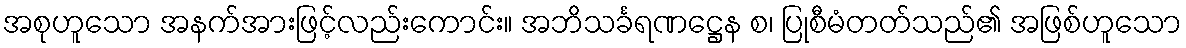
အစုဟူသော အနက်အားဖြင့်လည်းကောင်း။ အဘိသင်္ခရဏဋ္ဌေန စ၊ ပြုစီမံတတ်သည်၏ အဖြစ်ဟူသော